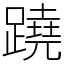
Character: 蹺